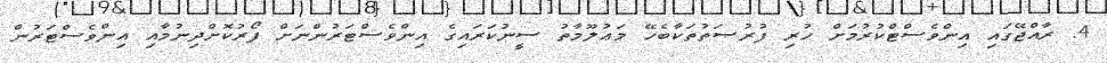
4. ރާއްޖޭގައި އިންވެސްޓްކުރުމަށް ހުރި ފުރުޞަތުތަކާބެހޭ މަޢުލޫމާތު ސީނުކަރައިގެ އިންވެސްޓަރުންނަށް ފޯރުކޮށްދިނުމާއި އިންވެސްޓަރުން